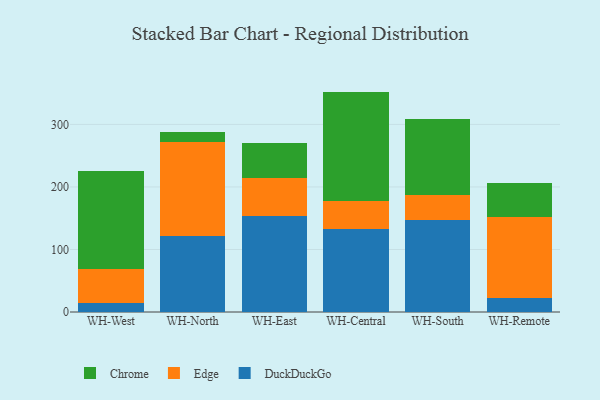
{"axis": {"x": "Warehouse", "y": "Customer Acquisition Cost (USD)"}, "legend": ["Chrome", "DuckDuckGo", "Edge"], "data": [{"x": "WH-West", "y": 14.6, "type": "DuckDuckGo"}, {"x": "WH-West", "y": 53.7, "type": "Edge"}, {"x": "WH-West", "y": 156.7, "type": "Chrome"}, {"x": "WH-North", "y": 121.0, "type": "DuckDuckGo"}, {"x": "WH-North", "y": 151.1, "type": "Edge"}, {"x": "WH-North", "y": 15.9, "type": "Chrome"}, {"x": "WH-East", "y": 153.7, "type": "DuckDuckGo"}, {"x": "WH-East", "y": 60.9, "type": "Edge"}, {"x": "WH-East", "y": 56.5, "type": "Chrome"}, {"x": "WH-Central", "y": 132.5, "type": "DuckDuckGo"}, {"x": "WH-Central", "y": 44.3, "type": "Edge"}, {"x": "WH-Central", "y": 175.7, "type": "Chrome"}, {"x": "WH-South", "y": 146.4, "type": "DuckDuckGo"}, {"x": "WH-South", "y": 41.1, "type": "Edge"}, {"x": "WH-South", "y": 121.5, "type": "Chrome"}, {"x": "WH-Remote", "y": 22.3, "type": "DuckDuckGo"}, {"x": "WH-Remote", "y": 129.7, "type": "Edge"}, {"x": "WH-Remote", "y": 54.5, "type": "Chrome"}]}